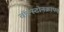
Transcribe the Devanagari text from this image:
वॉल्स्टोनक्राफ्ट